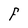
Character: F